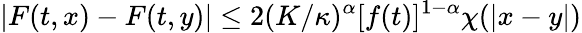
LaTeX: |F(t,x)-F(t,y)|\leq 2(K/\kappa)^{\alpha}[f(t)]^{1-\alpha}\chi(|x-y|)